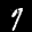
Label: 7